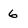
Character: 6